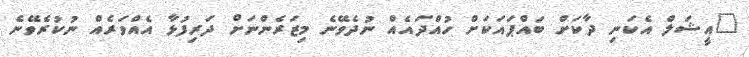
"އީޝަލް އެކަނި ދާކަށް ބައްޕައަކަށް ހުއްދައެއް ނުދެވޭނެ މިޒަރެންނަށް ދަރިފުޅާ އެއްވަރެއް ނުކުރެވޭނެ